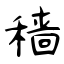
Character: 穑